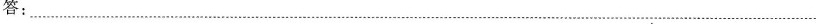
答：___